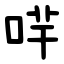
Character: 哶